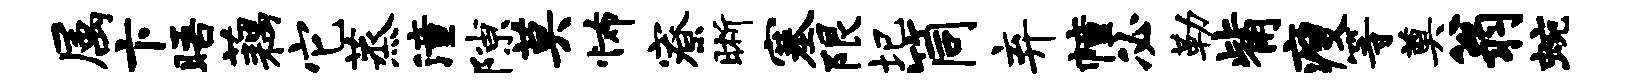
属卞晤藕它蒸潼隙莫怖寮晰塞限圮筒弃幢必勒觜瘦等奠翁蜿